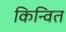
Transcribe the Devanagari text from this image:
किन्वित